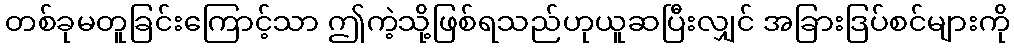
တစ်ခုမတူခြင်းကြောင့်သာ ဤကဲ့သို့ဖြစ်ရသည်ဟုယူဆပြီးလျှင် အခြားဒြပ်စင်များကို